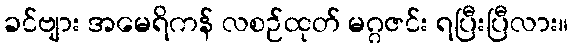
ခင်ဗျား အမေရိကန် လစဉ်ထုတ် မဂ္ဂဇင်း ရပြီးပြီလား။